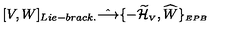
[ V , W ] _ { L i e - b r a c k . } \hat { \longrightarrow } \{ - { \widetilde { \cal H } } _ { \scriptscriptstyle V } , { \widehat W } \} _ { \scriptscriptstyle E P B }